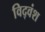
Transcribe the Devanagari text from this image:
विद्वंश